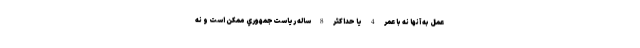
عمل به آنها نه با عمر 4 يا حداكثر 8 ساله رياست‌جمهوري ممكن است و نه